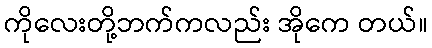
ကိုလေးတို့ဘက်ကလည်း အိုကေ တယ်။